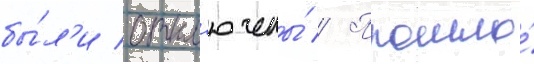
бы́л'и откл'ючены́ // Прошло́